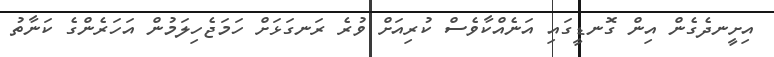
އިށީނދެގެން އިން ގޮނޑީގައި އަނެއްކާވެސް ކުރިއަށް ވުރެ ރަނގަޅަށް ހަމަޖެހިލަމުން އަހަރެންގެ ކަނާތު